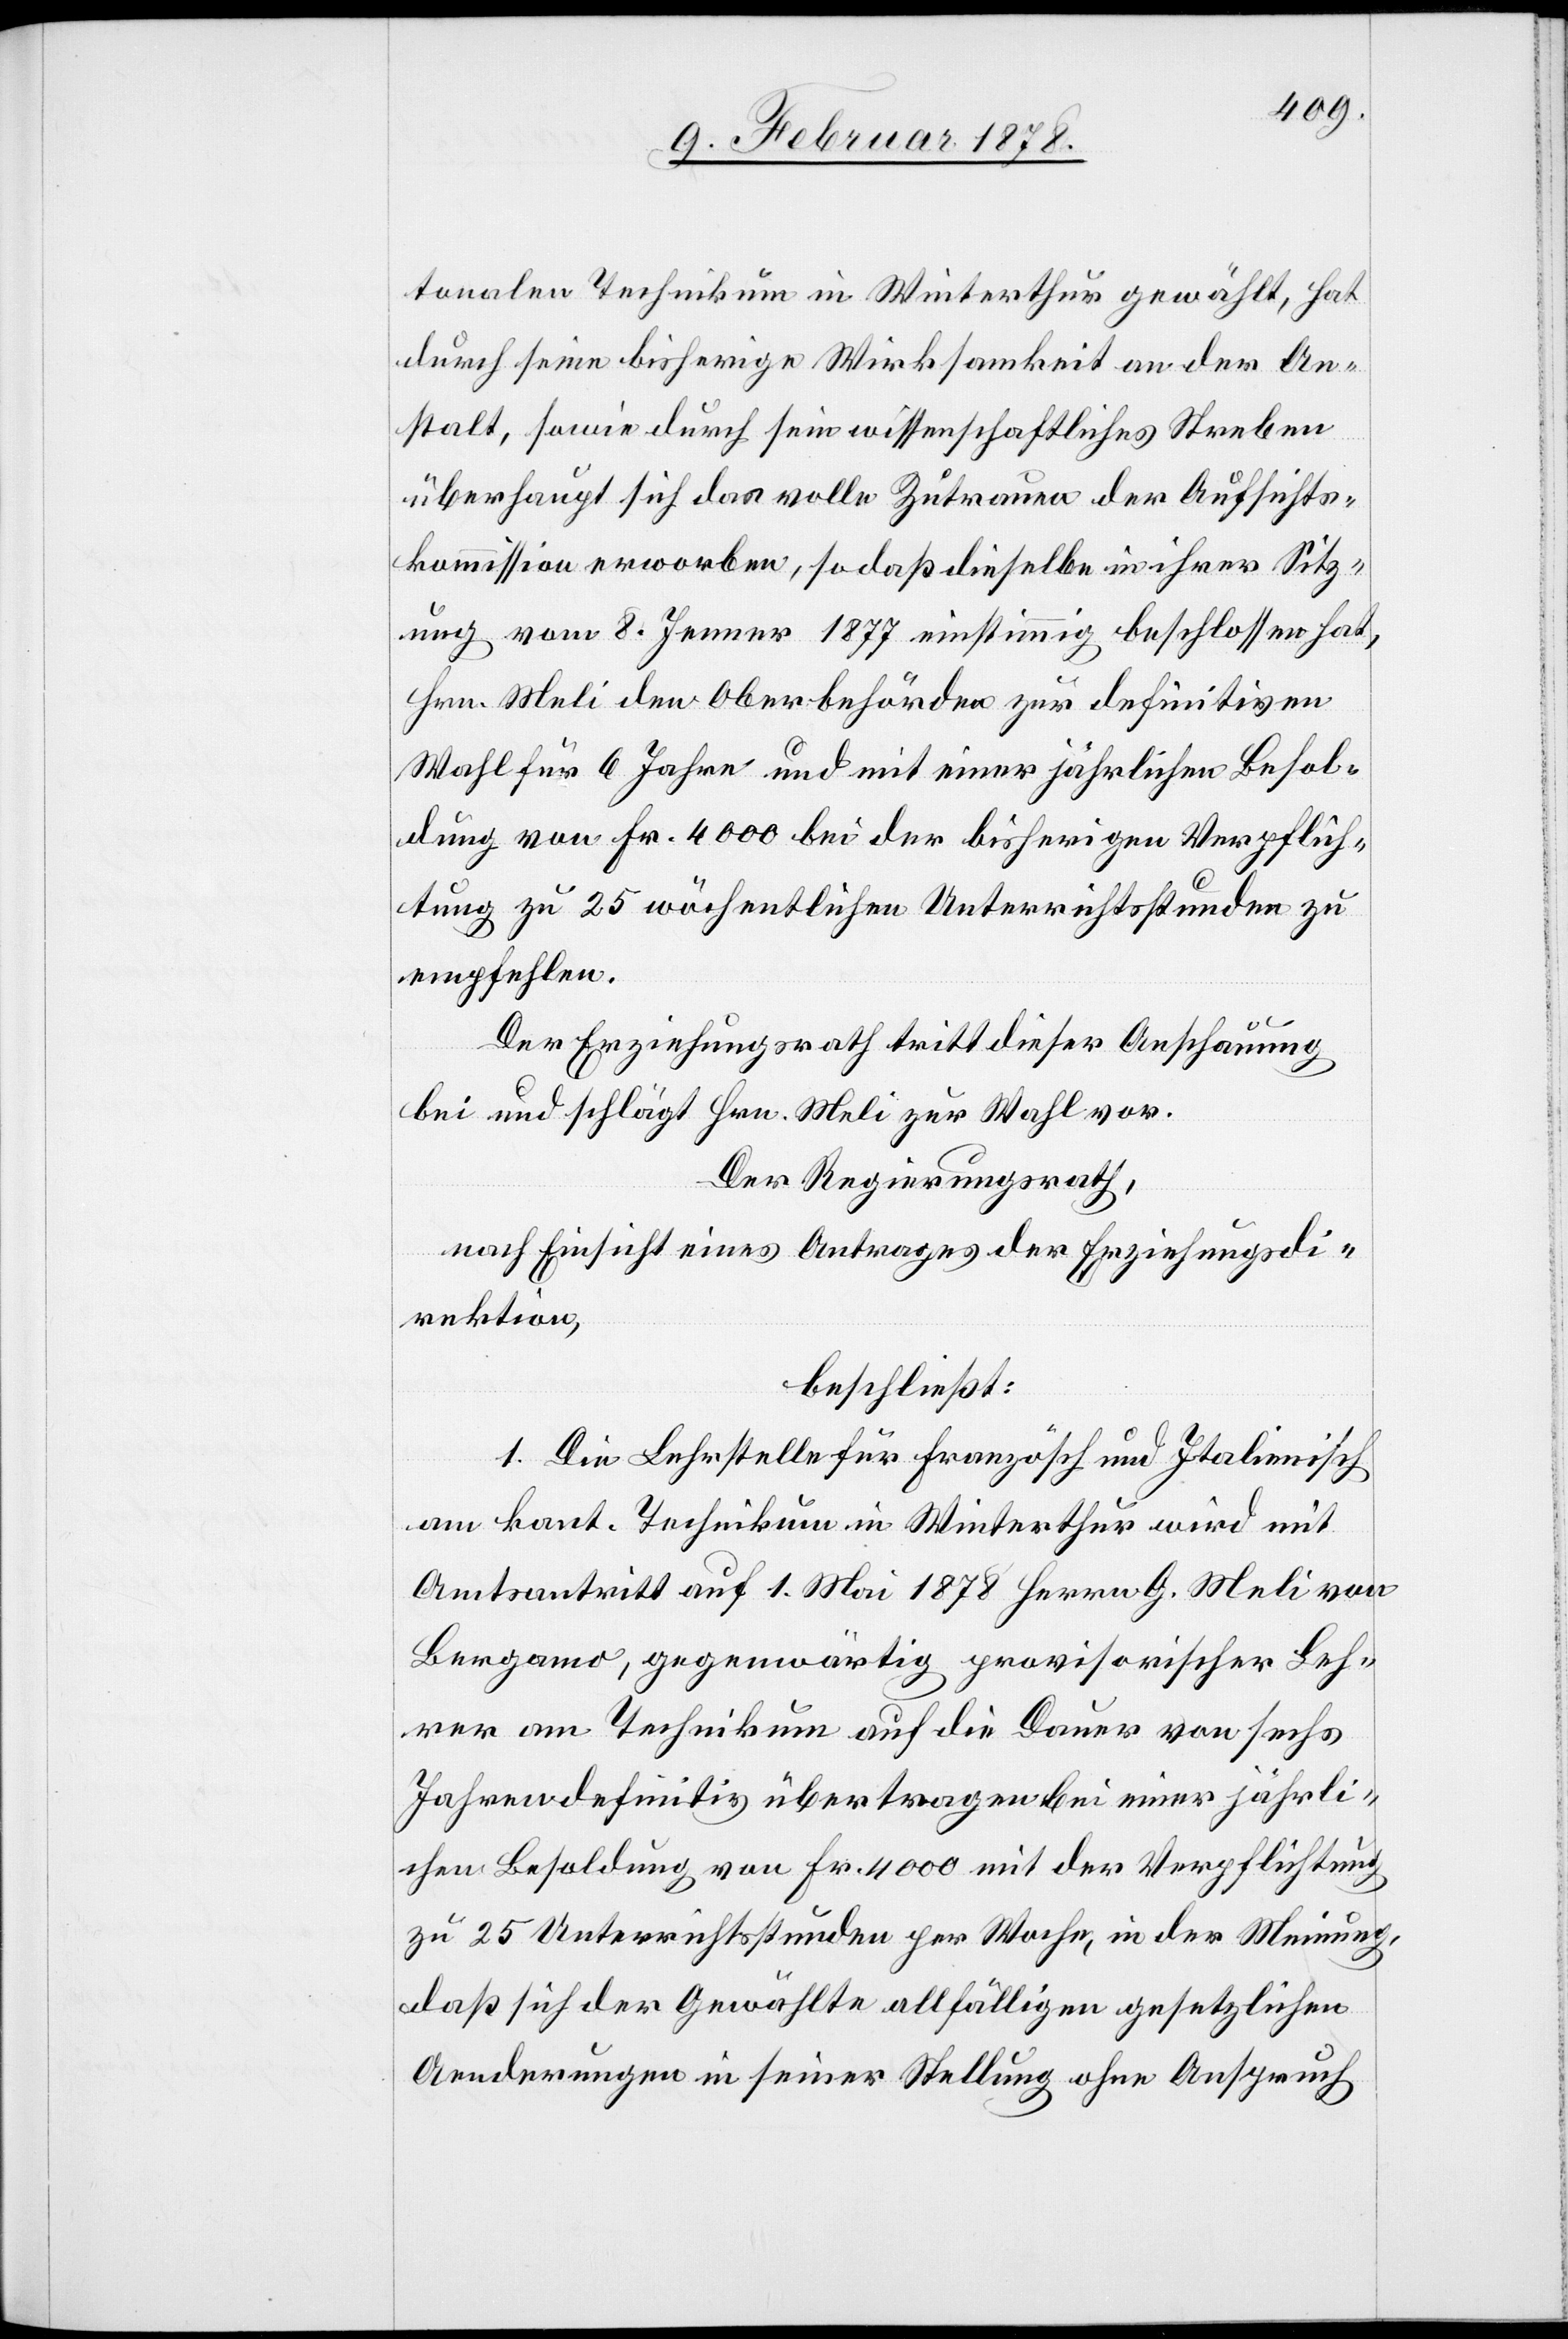
tonalen Technikum in Winterthur gewählt, hat
durch seine bisherige Wirksamkeit an der An¬
stalt, sowie durch sein wissenschaftliches Streben
überhaupt sich das volle Zutrauen der Aufsichts¬
kommission erworben, so daß dieselbe in ihrer Sitz¬
ung vom 8. Jenner 1877 einstimmig beschlossen hat,
Hrn. Meli den Oberbehörden zur definitiven
Wahl für 6 Jahre und mit einer jährlichen Besol¬
dung von Fr. 4000 bei der bisherigen Verpflich¬
tung zu 25 wöchentlichen Unterrichtsstunden zu
empfehlen.
Der Erziehungsrath tritt dieser Anschauung
bei und schlägt Hrn. Meli zur Wahl vor.
Der Regierungsrath,
nach Einsicht eines Antrages der Erziehungsdi¬
rektion,
beschließt:
1. Die Lehrstelle für franzö[si]sch und Italienisch
am kant. Technikum in Winterthur wird mit
Amtsantritt auf 1. Mai 1878 Herrn G. Meli von
Bergamo, gegenwärtig provisorischer Leh¬
rer am Technikum auf die Dauer von sechs
Jahren definitiv übertragen bei einer jährli¬
chen Besoldung von Fr. 4000 mit der Verpflichtung
zu 25 Unterrichtstunden per Woche, in der Meinung,
daß sich der Gewählte allfälligen gesetzlichen
Aenderungen in seiner Stellung ohne Anspruch